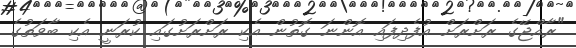
"ރާއްޖޭގެ ރަށްރަށް އުފެދިފައި އޮންނަ ގޮތުން އެކި ރަށްރަށުގައި ކުރަނީ އެކި ބާވަތުގެ